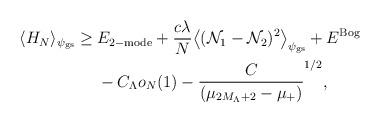
LaTeX: \begin{align*} \langle H_N\rangle_{\psi_\mathrm{gs}}\ge \;& E_{2-\mathrm{mode}}+\frac{c \lambda }{N}\big\langle(\mathcal{N}_1-\mathcal{N}_2)^2\big\rangle_{\psi_\mathrm{gs}}+E^\mathrm{Bog}\\&-C_\Lambda o_N(1)-\frac{C}{(\mu_{2M_\Lambda+2}-\mu_+)}^{1/2},\end{align*}